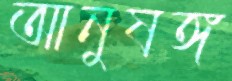
আনুষঙ্গ